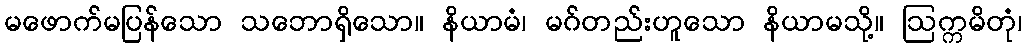
မဖောက်မပြန်သော သဘောရှိသော။ နိယာမံ၊ မဂ်တည်းဟူသော နိယာမသို့။ ဩက္ကမိတုံ၊